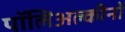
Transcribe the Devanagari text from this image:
पॉलिअल्कीनों